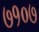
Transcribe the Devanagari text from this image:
७१०७